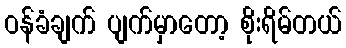
ဝန်ခံချက် ပျက်မှာတော့ စိုးရိမ်တယ်